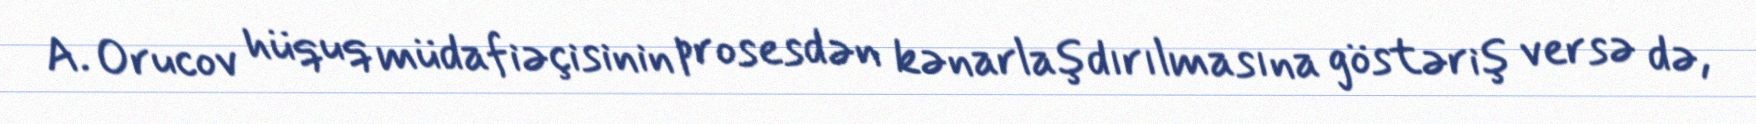
A. Orucov hüquq müdafiəçisinin prosesdən kənarlaşdırılmasına göstəriş versə də,